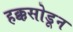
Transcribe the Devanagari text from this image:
हक्कसोडून